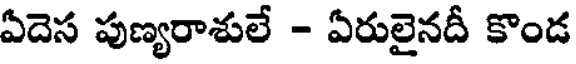
ఏదెస పుణ్యరాశులే - ఏరులైనదీ కొండ